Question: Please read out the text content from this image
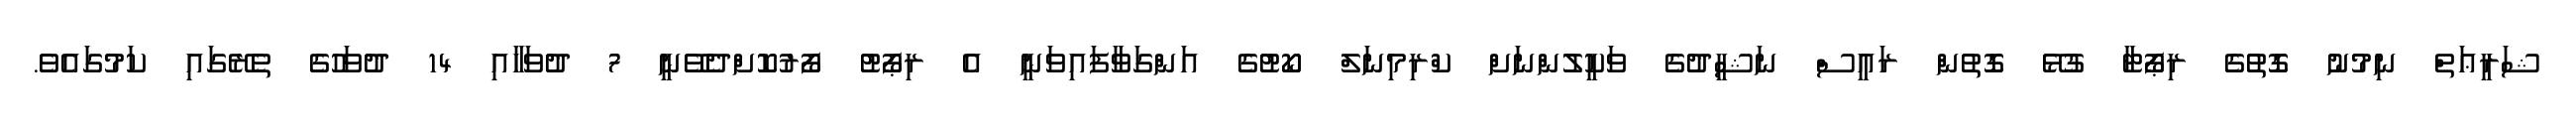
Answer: ޝަރީޢަތް ނިމުނު ގޮތުގެ ރިޕޯޓާ ގުޅޭ ގޮތުން ރައީސް ނަޝީދުގެ ވަކީލުންނަށް ކްރިމިނަލް ކޯޓުގެ އަންގަވާފައިވަނީ އެ ރިޕޯޓު ފޯރުކޮށްދެވޭނީ 7 ދުވަހާއި 14 ދުވަހުގެ ތެރޭގައި ކަމުގައެވެ.